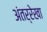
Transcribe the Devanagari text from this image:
अंतर्रेखा